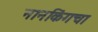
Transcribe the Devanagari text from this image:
नानकिंगचा